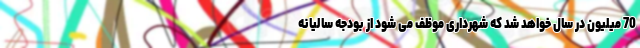
70 میلیون در سال خواهد شد که شهرداری موظف می شود از بودجه سالیانه